Elephants and their diseases
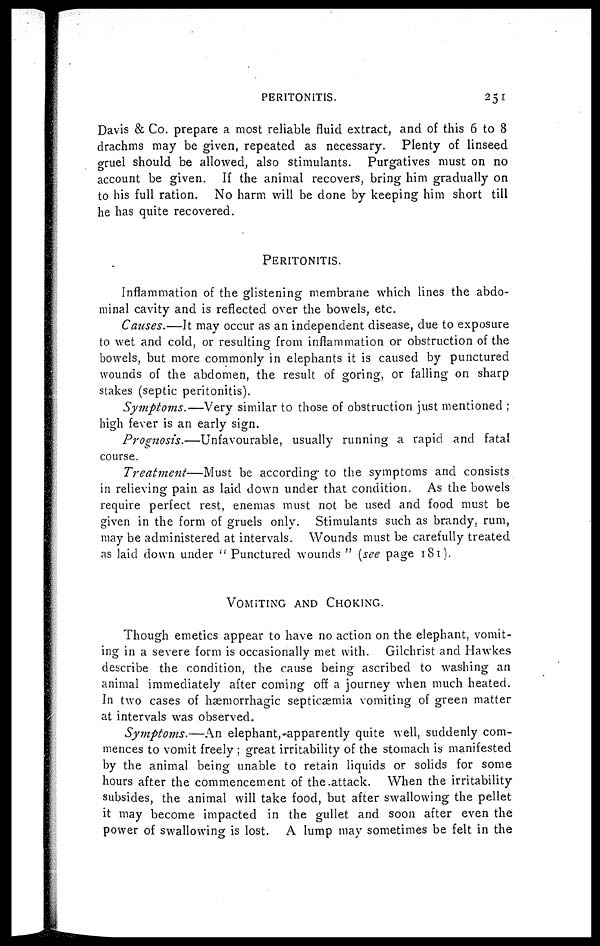
PERITONITIS.
251
Davis & Co. prepare a most reliable fluid extract, and of this 6 to 8
drachms may be given, repeated as necessary. Plenty of linseed
gruel should be allowed, also stimulants. Purgatives must on no
account be given. If the animal recovers, bring him gradually on
to his full ration. No harm will be done by keeping him short till
he has quite recovered.
PERITONITIS.
Inflammation of the glistening membrane which lines the abdo-
minal cavity and is reflected over the bowels, etc.
Causes.—It may occur as an independent disease, due to exposure
to wet and cold, or resulting from inflammation or obstruction of the
bowels, but more commonly in elephants it is caused by punctured
wounds of the abdomen, the result of goring, or falling on sharp
stakes (septic peritonitis).
Symptoms.—Very
similar to those of obstruction just mentioned ;
high fever is an early sign.
Prognosis.—Unfavourable,
usually running a rapid and fatal
course.
Treatment—Must
be according to the symptoms and consists
in relieving pain as laid down under that condition. As the bowels
require perfect rest, enemas must not be used and food must be
given in the form of gruels only. Stimulants such as brandy, rum,
may be administered at intervals. Wounds must be carefully treated
as laid down under " Punctured wounds " (see page 181).
VOMITING AND CHOKING.
Though emetics appear to have no action on the elephant, vomit-
ing in a severe form is occasionally met with. Gilchrist and Hawkes
describe the condition, the cause being ascribed to washing an
animal immediately after coming off a journey when much heated.
In two cases of hæmorrhagic septicaemia vomiting of green matter
at intervals was observed.
Symptoms.—An elephant, apparently quite well, suddenly com-
mences to vomit freely ; great irritability of the stomach is manifested
by the animal being unable to retain liquids or solids for some
hours after the commencement of the attack. When the irritability
subsides, the animal will take food, but after swallowing the pellet
it may become impacted in the gullet and soon after even the
power of swallowing is lost. A lump may sometimes be felt in the